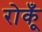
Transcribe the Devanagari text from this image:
रोकूँ